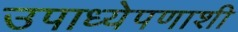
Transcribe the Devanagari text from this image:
उपाध्येपणाशी